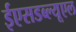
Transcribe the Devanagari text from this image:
ईएसडब्ल्यूएल